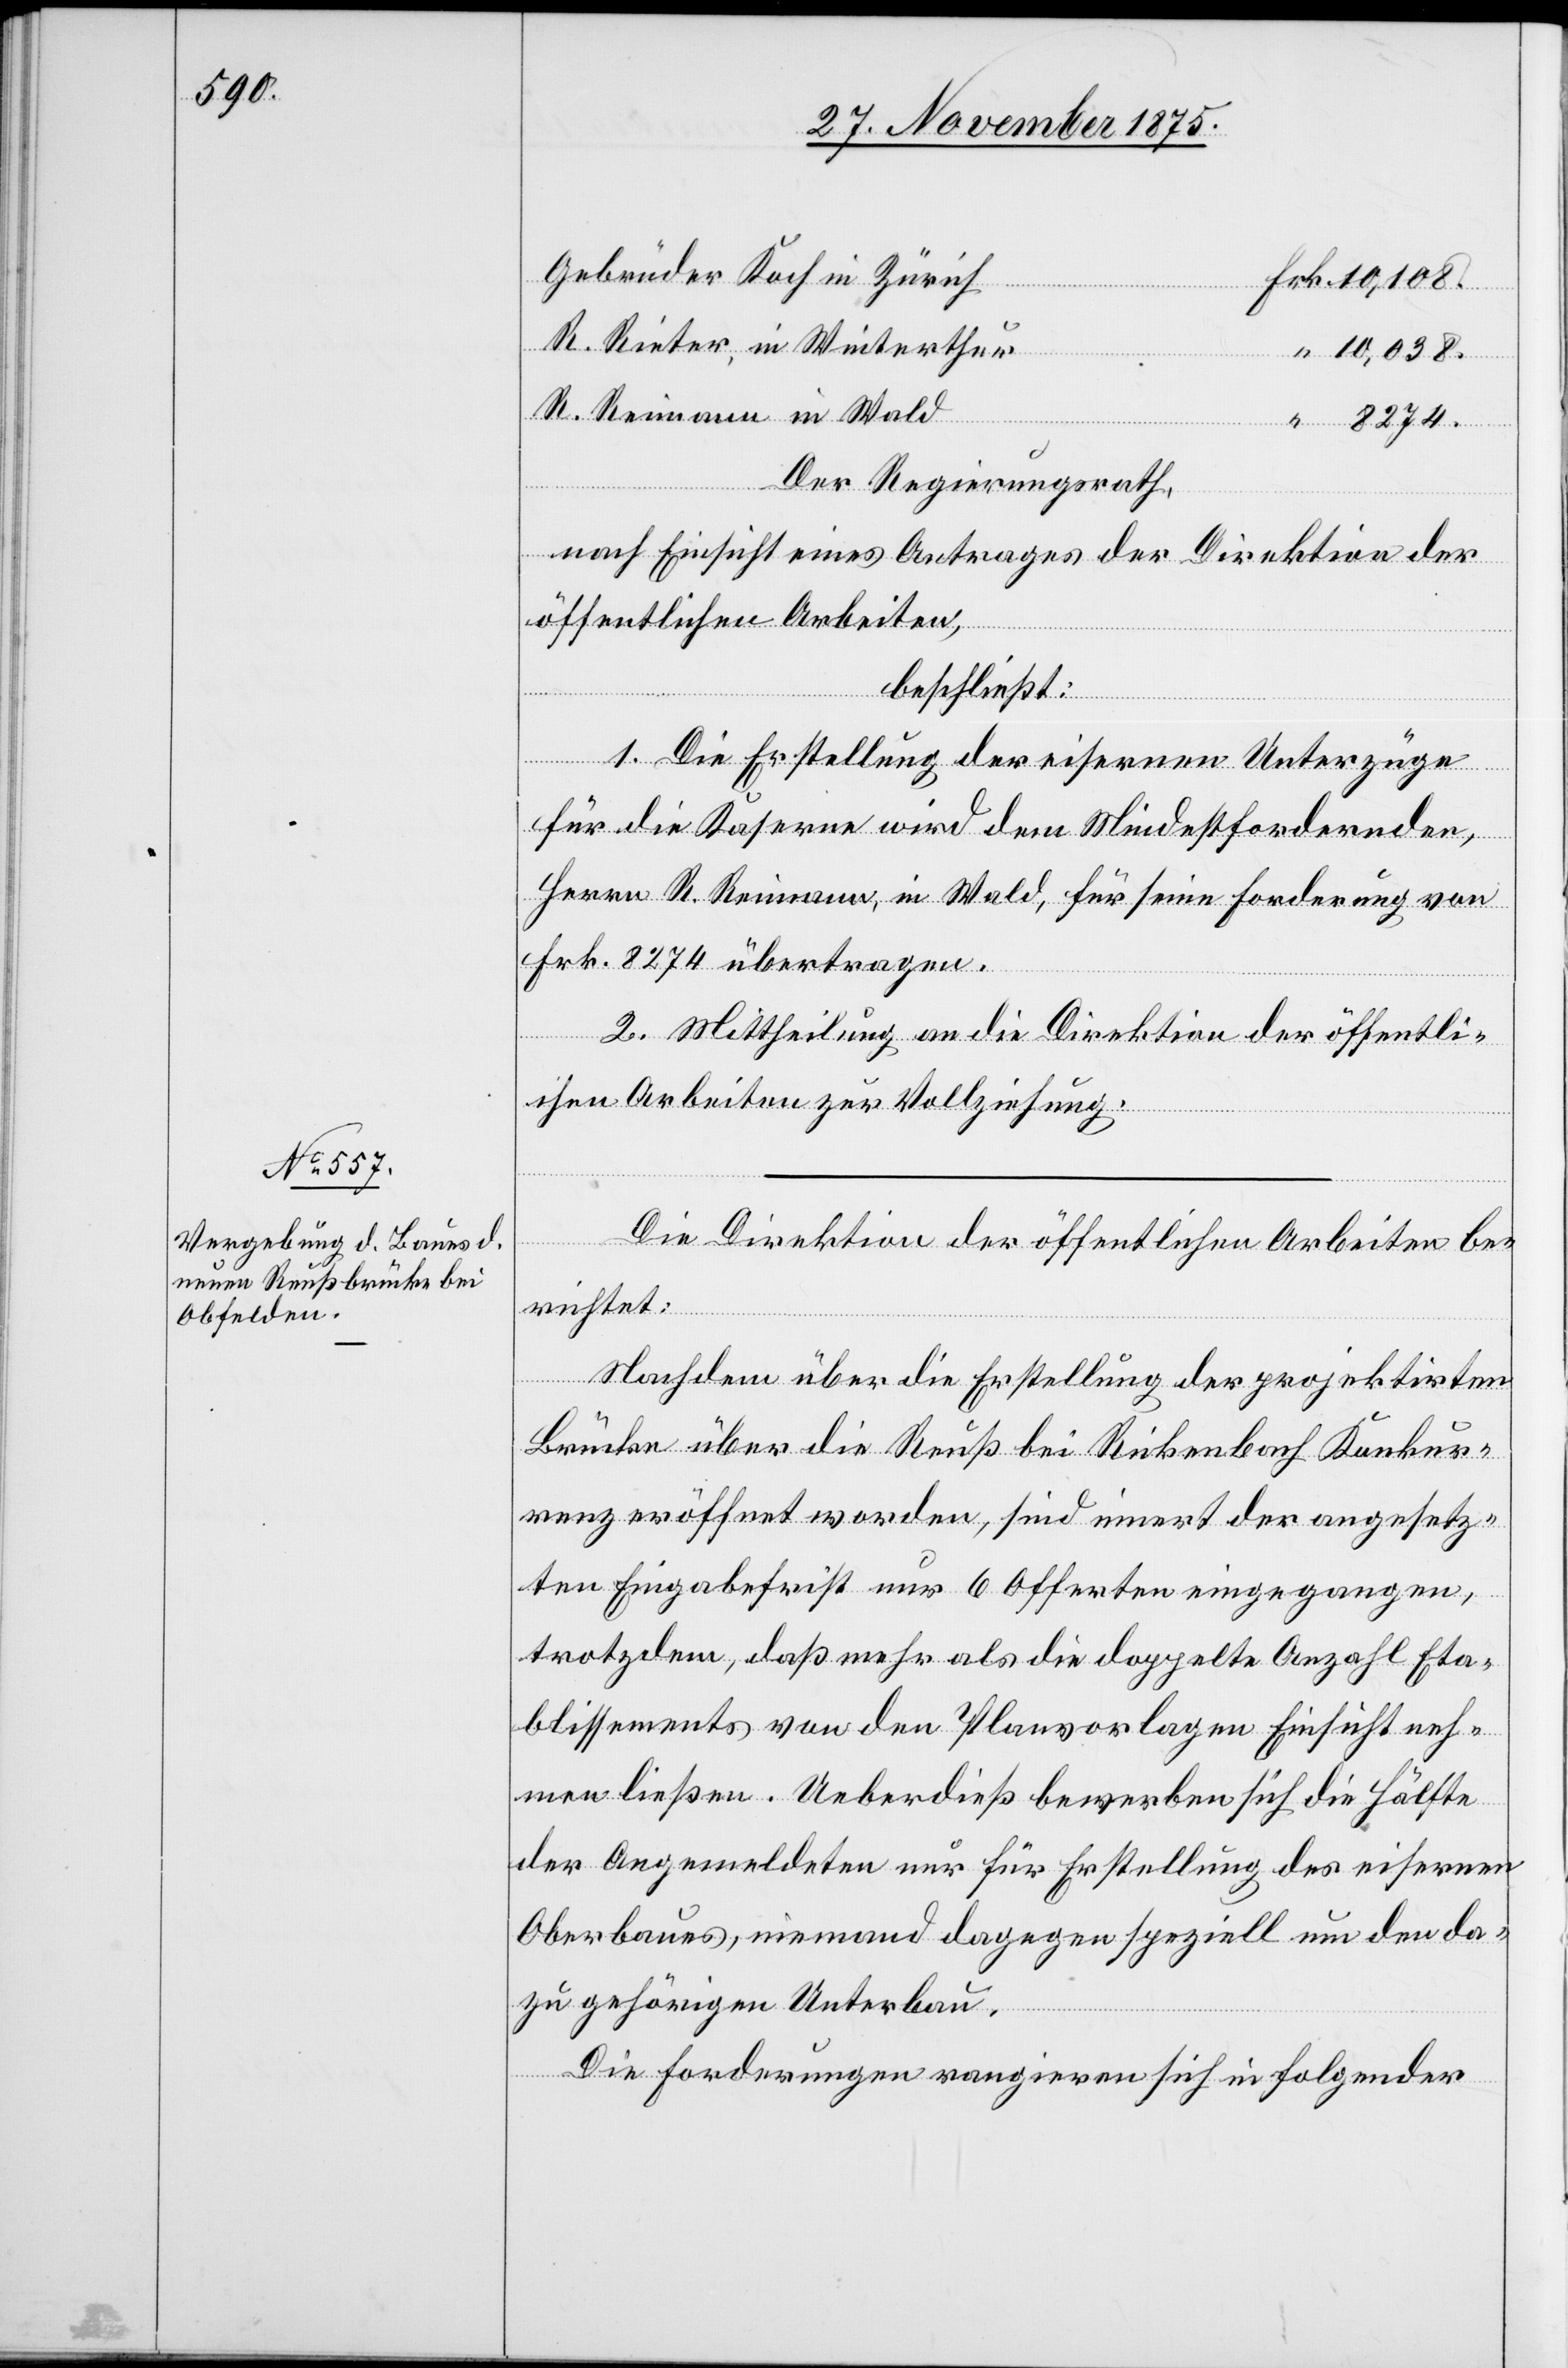
8274.

Gebrüder Koch in Zürich
R. Rieter, in Winterthur
10,038.
R. Reimann in Wald
Der Regierungsrath,
nach Einsicht eines Antrages der Direktion der
öffentlichen Arbeiten,
beschließt:
1. Die Erstellung der eisernen Unterzüge
für die Kaserne wird dem Mindestfordernden,
Herrn R. Reimann, in Wald, für seine Forderung von
Frk. 8274 übertragen.
2. Mittheilung an die Direktion der öffentli¬
chen Arbeiten zur Vollziehung.
Frk.
Die Direktion der öffentlichen Arbeiten be¬
richtet:
Nachdem über die Erstellung der projektirten
Brücke über die Reuß bei Rickenbach Konkur¬
renz eröffnet worden, sind innert der angesetz¬
ten Eingabefrist nur 6 Offerten eingegangen,
trotzdem, daß mehr als die doppelte Anzahl Eta¬
blissements von den Planvorlagen Einsicht neh¬
men ließen. Ueberdieß bewerben sich die Hälfte
der Angemeldeten nur für Erstellung des eisernen
Oberbaues, niemand dagegen speziell um den da¬
zu gehörigen Unterbau.
Die Forderungen rangieren sich in folgender